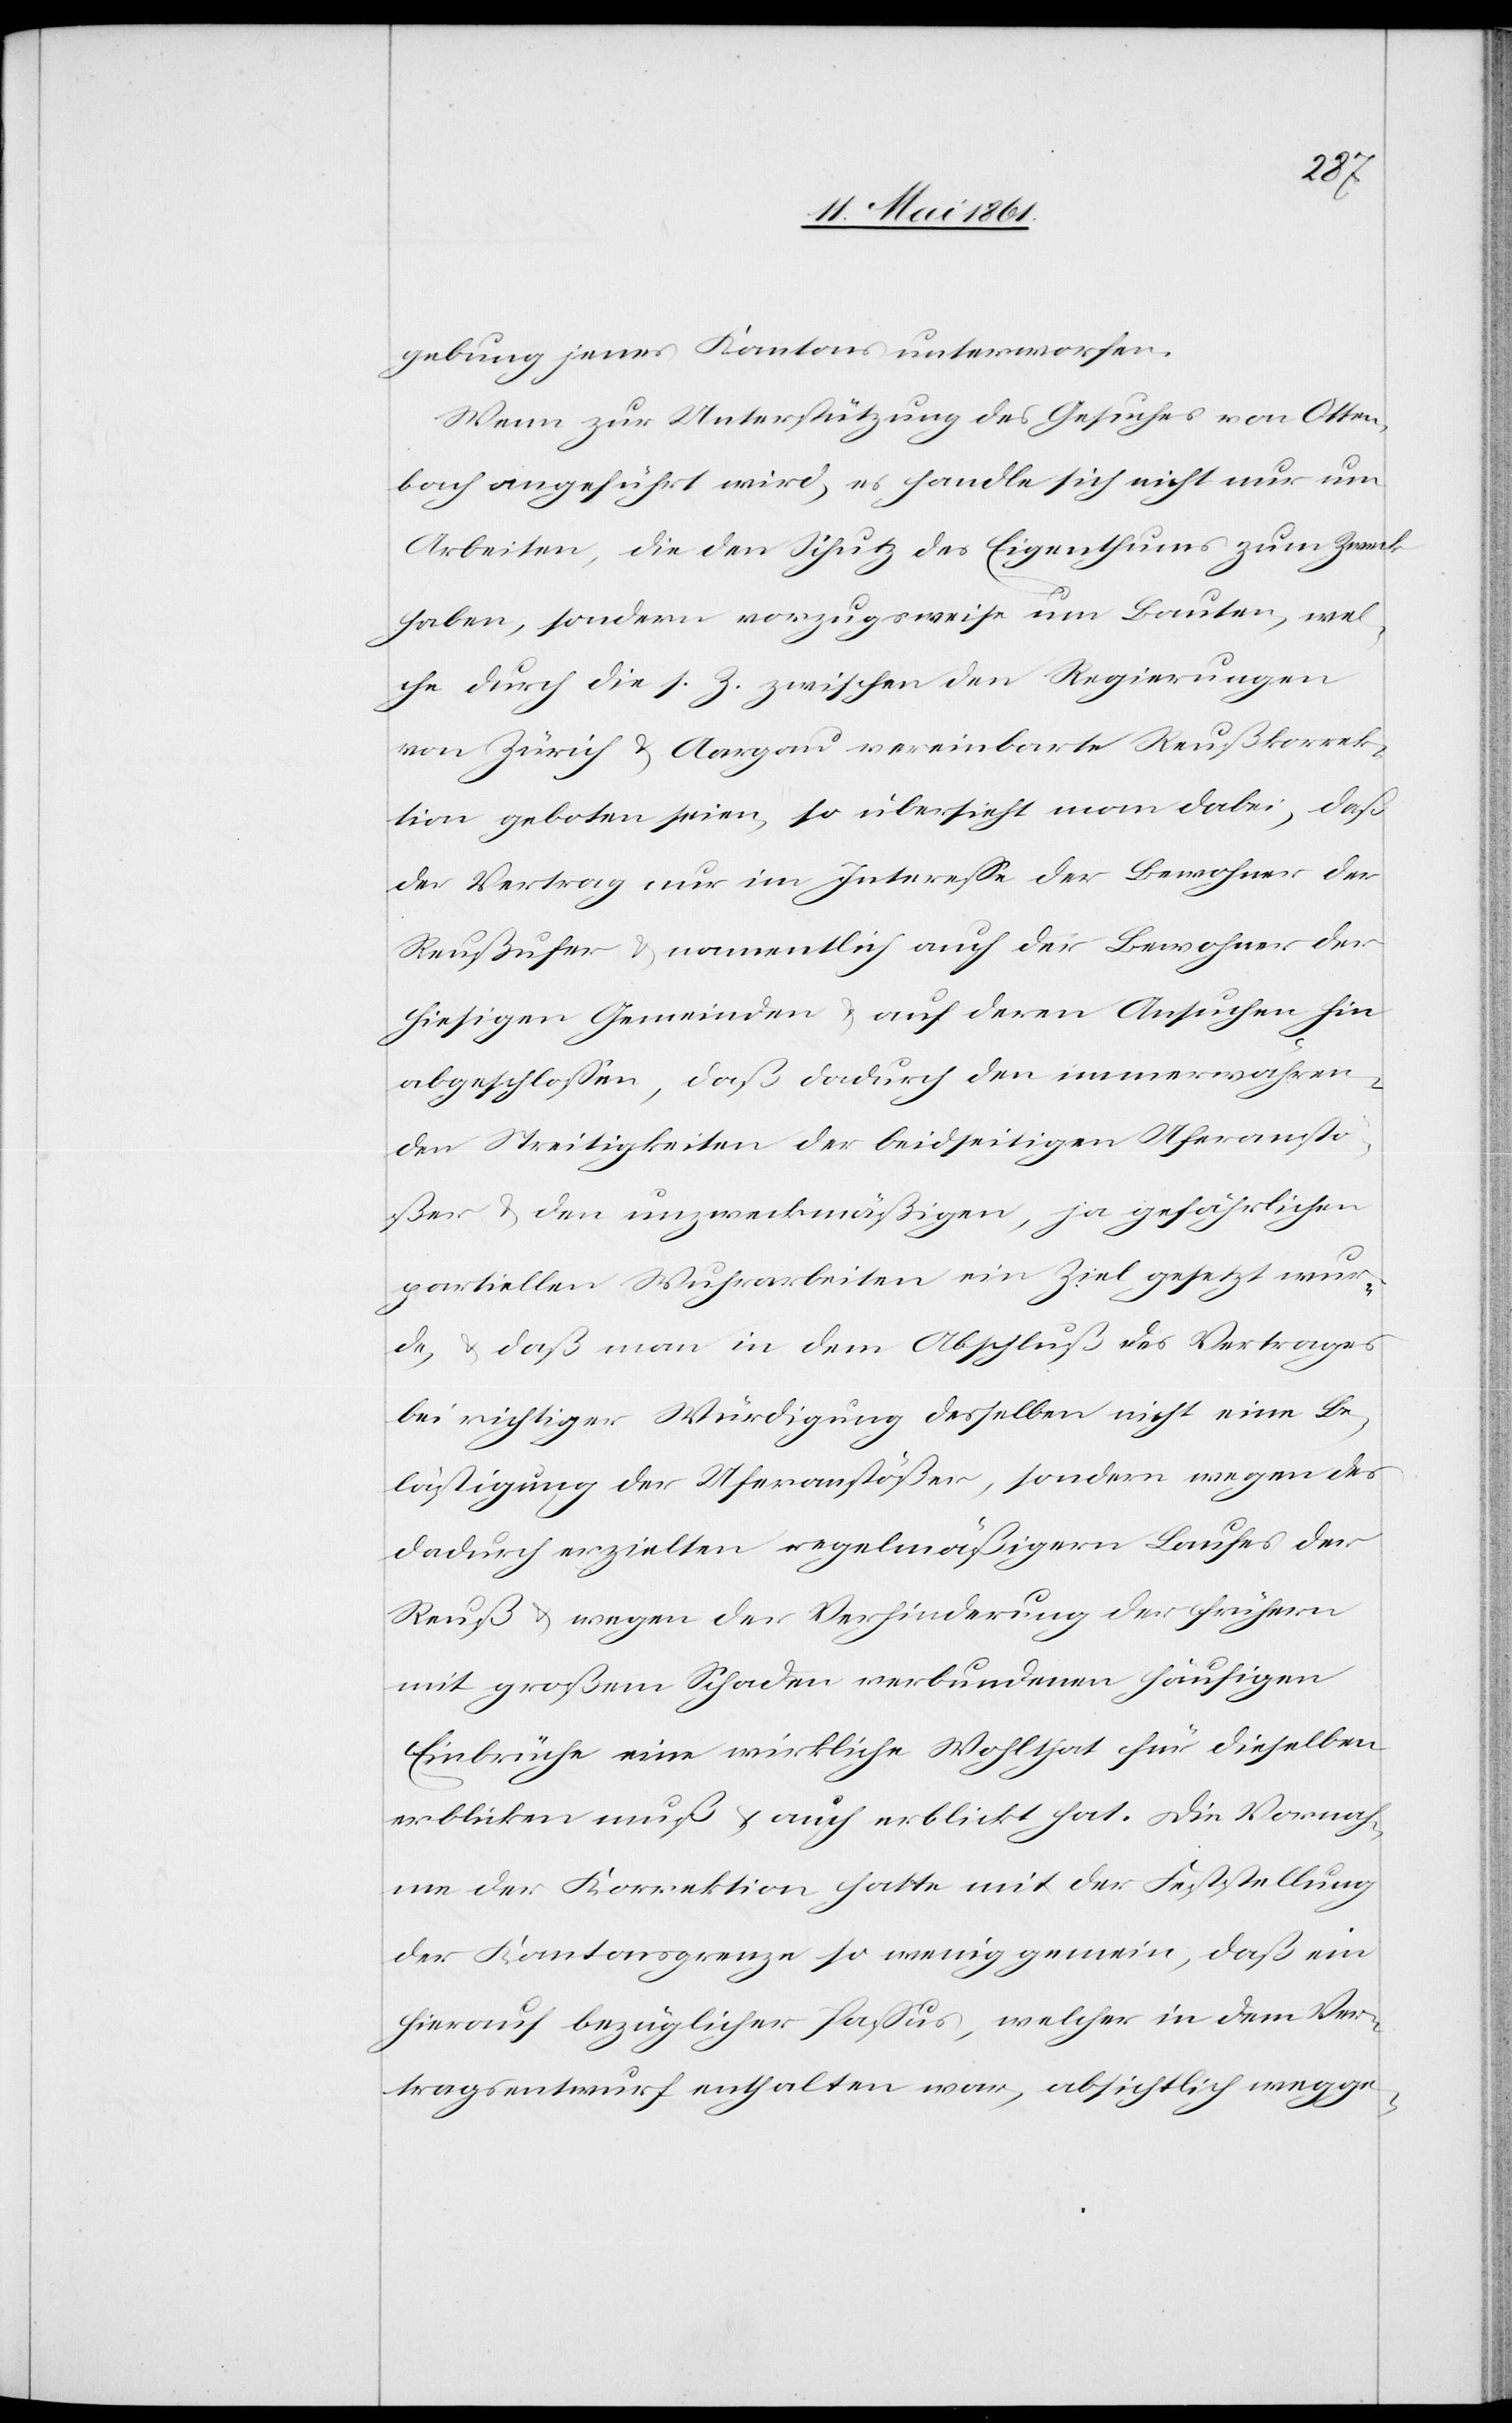
gebung jenes Kantons unterworfen.
Wenn zur Unterstützung des Gesuches von Otten¬
bach angeführt wird, es handle sich nicht nur um
Arbeiten, die den Schutz des Eigenthums zum Zweck
haben, sondern vorzugsweise um Bauten, wel¬
che durch die s. Z. zwischen den Regierungen
von Zürich u. Aargau vereinbarte Reußkorrek¬
tion geboten seien, so übersieht man dabei, daß
der Vertrag nur im Interesse der Bewohner der
Reußufer u. namentlich auch der Bewohner der
hiesigen Gemeinden u. auf deren Ansuchen hin
abgeschlossen, daß dadurch den immerwähren¬
den Streitigkeiten der beidseitigen Uferanstö¬
ßer u. den unzweckmäßigen, ja gefährlichen
partiellen Wuhrarbeiten ein Ziel gesetzt wur¬
de, u. daß man in dem Abschluß des Vertrages
bei richtiger Würdigung desselben nicht eine Be¬
lästigung der Uferanstößer, sondern wegen des
dadurch erzielten regelmäßigern Laufes der
Reuß u. wegen der Verhinderung der frühern
mit großem Schaden verbundenen häufigen
Einbrüche eine wirkliche Wohlthat für dieselben
erblicken muß u. auch erblickt hat. Die Vornah¬
me der Korrektion hatte mit der Feststellung
der Kantonsgrenze so wenig gemein, daß ein
hierauf bezüglicher Passus, welcher in dem Ver¬
tragsentwurf enthalten war, absichtlich wegge-